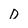
Character: d